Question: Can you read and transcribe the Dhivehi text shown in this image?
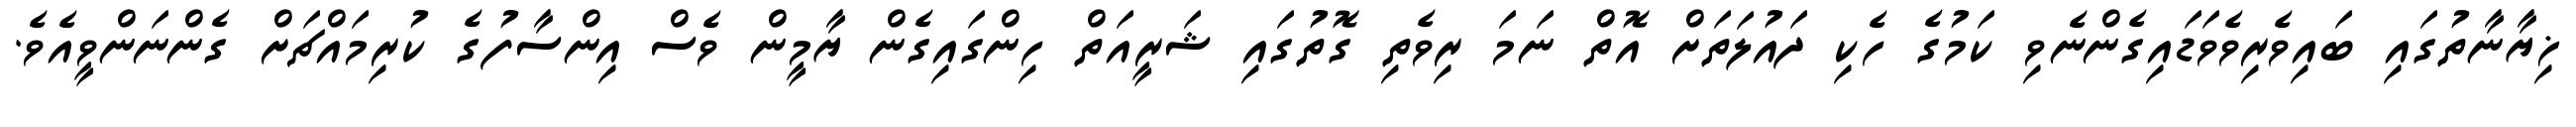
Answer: ޚިޔާނާތުގައި ބައިވެރިވެވަޑައިގެންނެވި ކަމުގެ ހެކި ދައުލަތަށް އޮތް ނަމަ ރިވެތި ގޮތުގައި ޝަރީއަތް ހިންގައިގެން ޔާމީން ވެސް އިންސާފުގެ ކުރިމައްޗަށް ގެންނަންވީއެވެ.